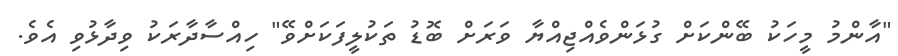
"އާންމު މީހަކު ބޭންކަށް ގުޅަންވެއްޖިއްޔާ ވަަރަށް ބޮޑު ތަކުލީފަކަށްވޭ" ހިއްސާދާރަކު ވިދާޅުވި އެވެ.